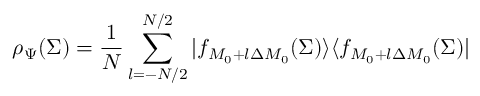
\rho _ { \Psi } ( \Sigma ) = { \frac { 1 } { N } } \sum _ { l = - N / 2 } ^ { N / 2 } | f _ { M _ { 0 } + l \Delta M _ { 0 } } ( \Sigma ) \rangle \langle f _ { M _ { 0 } + l \Delta M _ { 0 } } ( \Sigma ) |